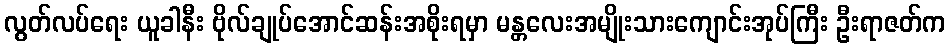
လွတ်လပ်ရေး ယူခါနီး ဗိုလ်ချုပ်အောင်ဆန်းအစိုးရမှာ မန္တလေးအမျိုးသားကျောင်းအုပ်ကြီး ဦးရာဇတ်က